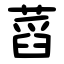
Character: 蓞